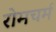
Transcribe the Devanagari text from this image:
रोमचर्म